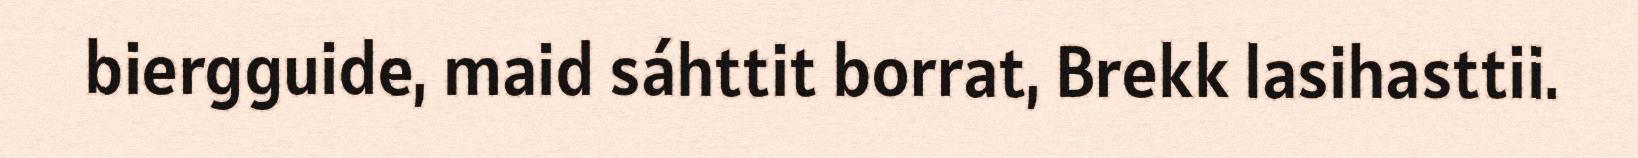
biergguide, maid sáhttit borrat, Brekk lasihasttii.